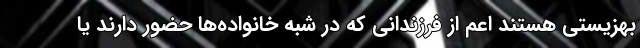
بهزیستی هستند اعم از فرزندانی که در شبه خانواده‌ها حضور دارند یا